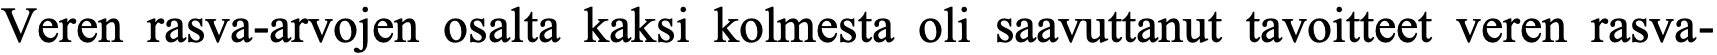
Veren rasva-arvojen osalta kaksi kolmesta oli saavuttanut tavoitteet veren rasva-